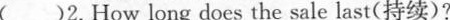
()2.How long does the sale last(持续)?